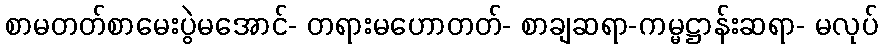
စာမတတ်စာမေးပွဲမအောင်- တရားမဟောတတ်- စာချဆရာ-ကမ္မဋ္ဌာန်းဆရာ- မလုပ်